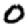
Digit: 0